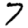
Digit: 7